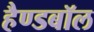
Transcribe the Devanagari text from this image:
हैण्डबॉल